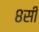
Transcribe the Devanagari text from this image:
८सी